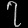
Digit: ၇